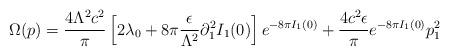
LaTeX: \begin{align*}\Omega(p)=\frac{4\Lambda^2c^2}{\pi}\left[2\lambda_0+8\pi\frac{\epsilon}{\Lambda^2}\partial_1^2I_1(0)\right]e^{-8\pi I_1(0)}+\frac{4c^2\epsilon}{\pi}e^{-8\pi I_1(0)}p_1^2\end{align*}